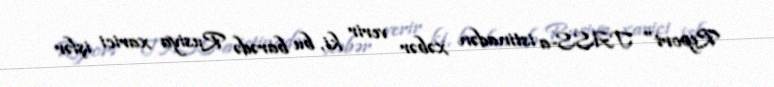
Report" TASS-a istinadən xəbər verir ki, bu barədə Rusiya xarici işlər